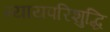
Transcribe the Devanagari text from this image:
न्यायपरिशुद्धि